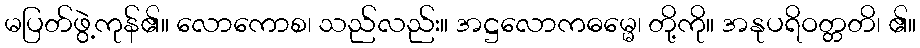
မပြတ်ဖွဲ့ကုန်၏။ လောကောစ၊ သည်လည်း။ အဋ္ဌလောကဓမ္မေ၊ တို့ကို။ အနုပရိဝတ္တတိ၊ ၏။